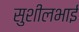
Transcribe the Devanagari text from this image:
सुशीलभाई